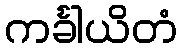
ကင်္ခါယိတံ